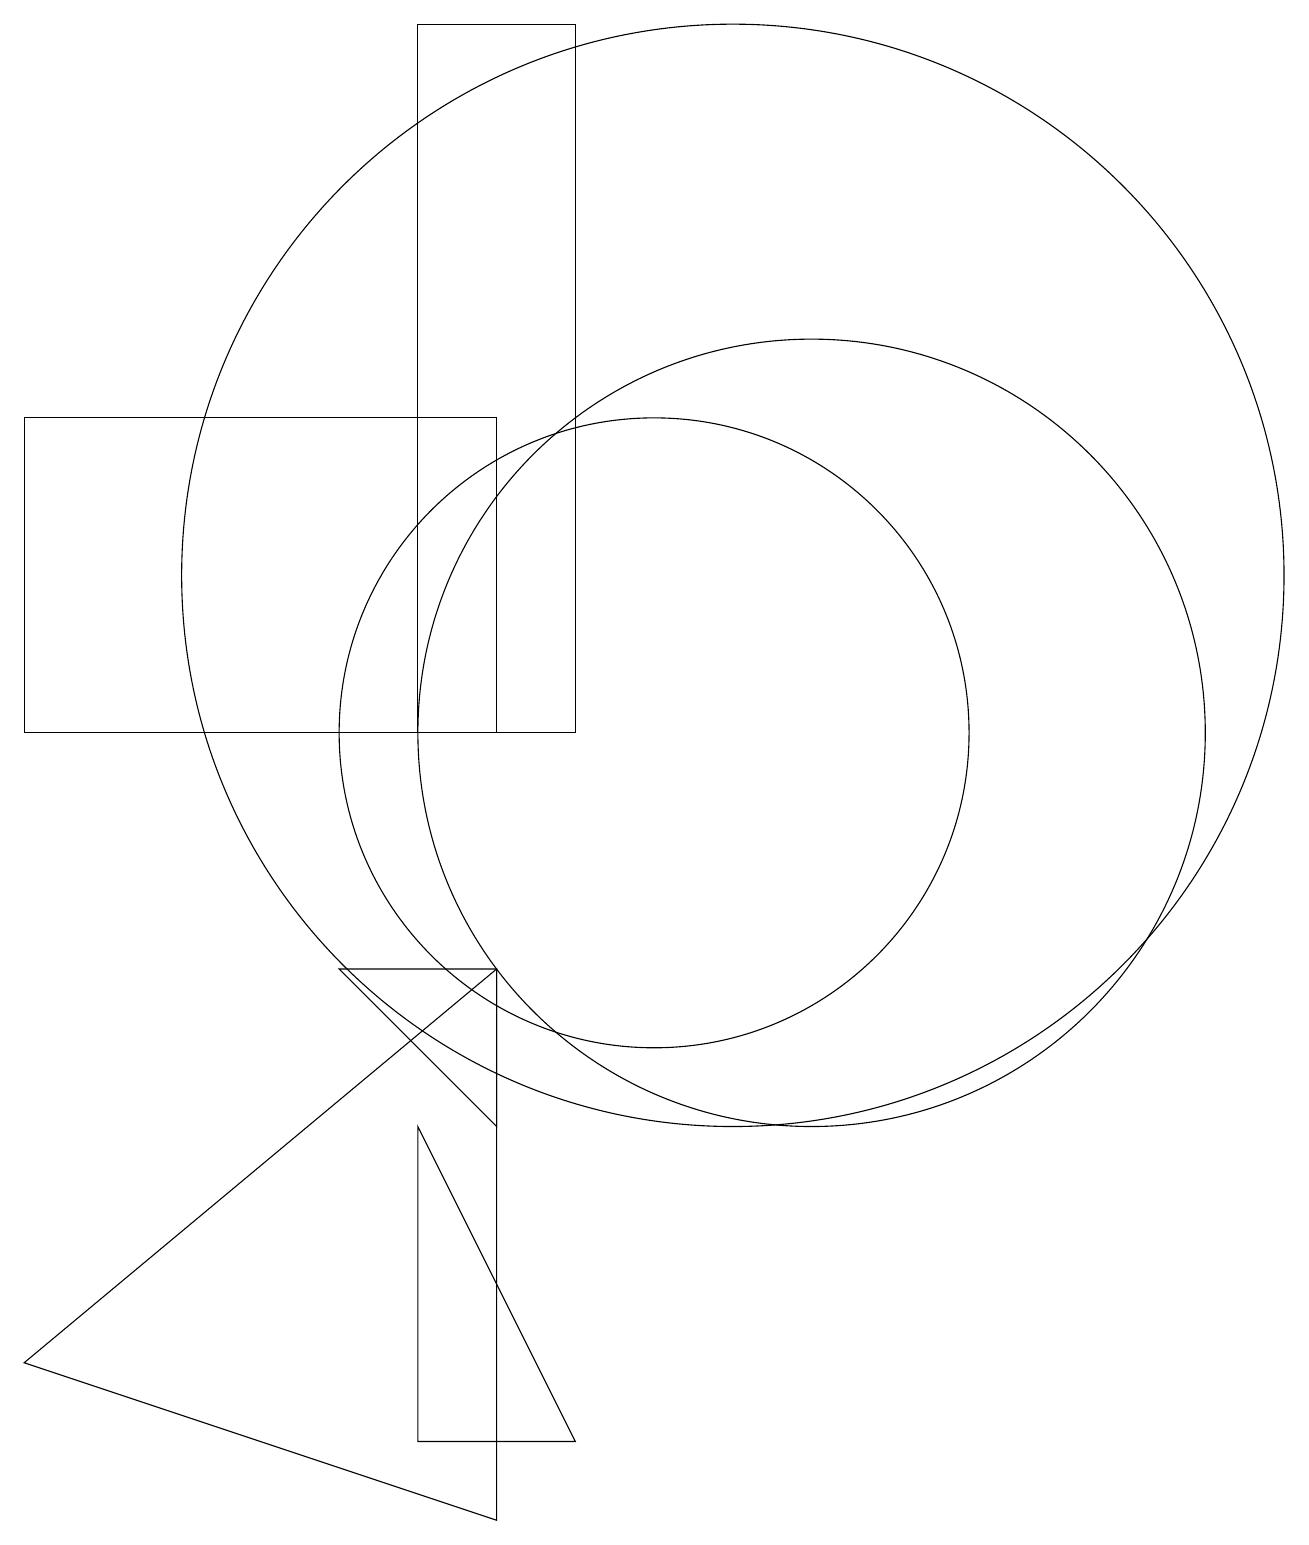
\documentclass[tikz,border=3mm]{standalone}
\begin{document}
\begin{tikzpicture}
\draw (12,10) circle (5);
\draw (8,10) rectangle (2,14);
\draw (8,7) -- (6,7) -- (8,5) -- cycle;
\draw (9,10) rectangle (7,19);
\draw (8,0) -- (2,2) -- (8,7) -- cycle;
\draw (10,10) circle (4);
\draw (11,12) circle (7);
\draw (7,5) -- (7,1) -- (9,1) -- cycle;
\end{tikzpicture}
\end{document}